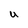
Character: U